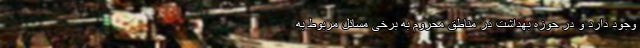
وجود دارد و در حوزه بهداشت در مناطق محروم به برخی مسائل مربوط به